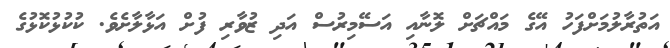
އަތުރާލުމަށްފަހު އޭގެ މައްޗަށް ލޮނާއި އަސޭމިރުސް އަދި ޒުވާރި ފުށް އަޅާލާށެވެ. ކުކުޅުކޮޅުގެ